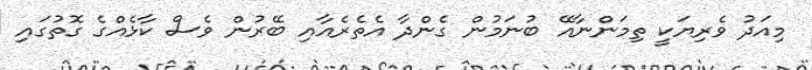
މިއަދު ވެރިޔަކީ ތިމަންނާއޭ ބުނަމުން ގެންދާ އެތެރެއާއި ބޭރުން ވެސް ކާޅެއްގެ ގޮތުގައި